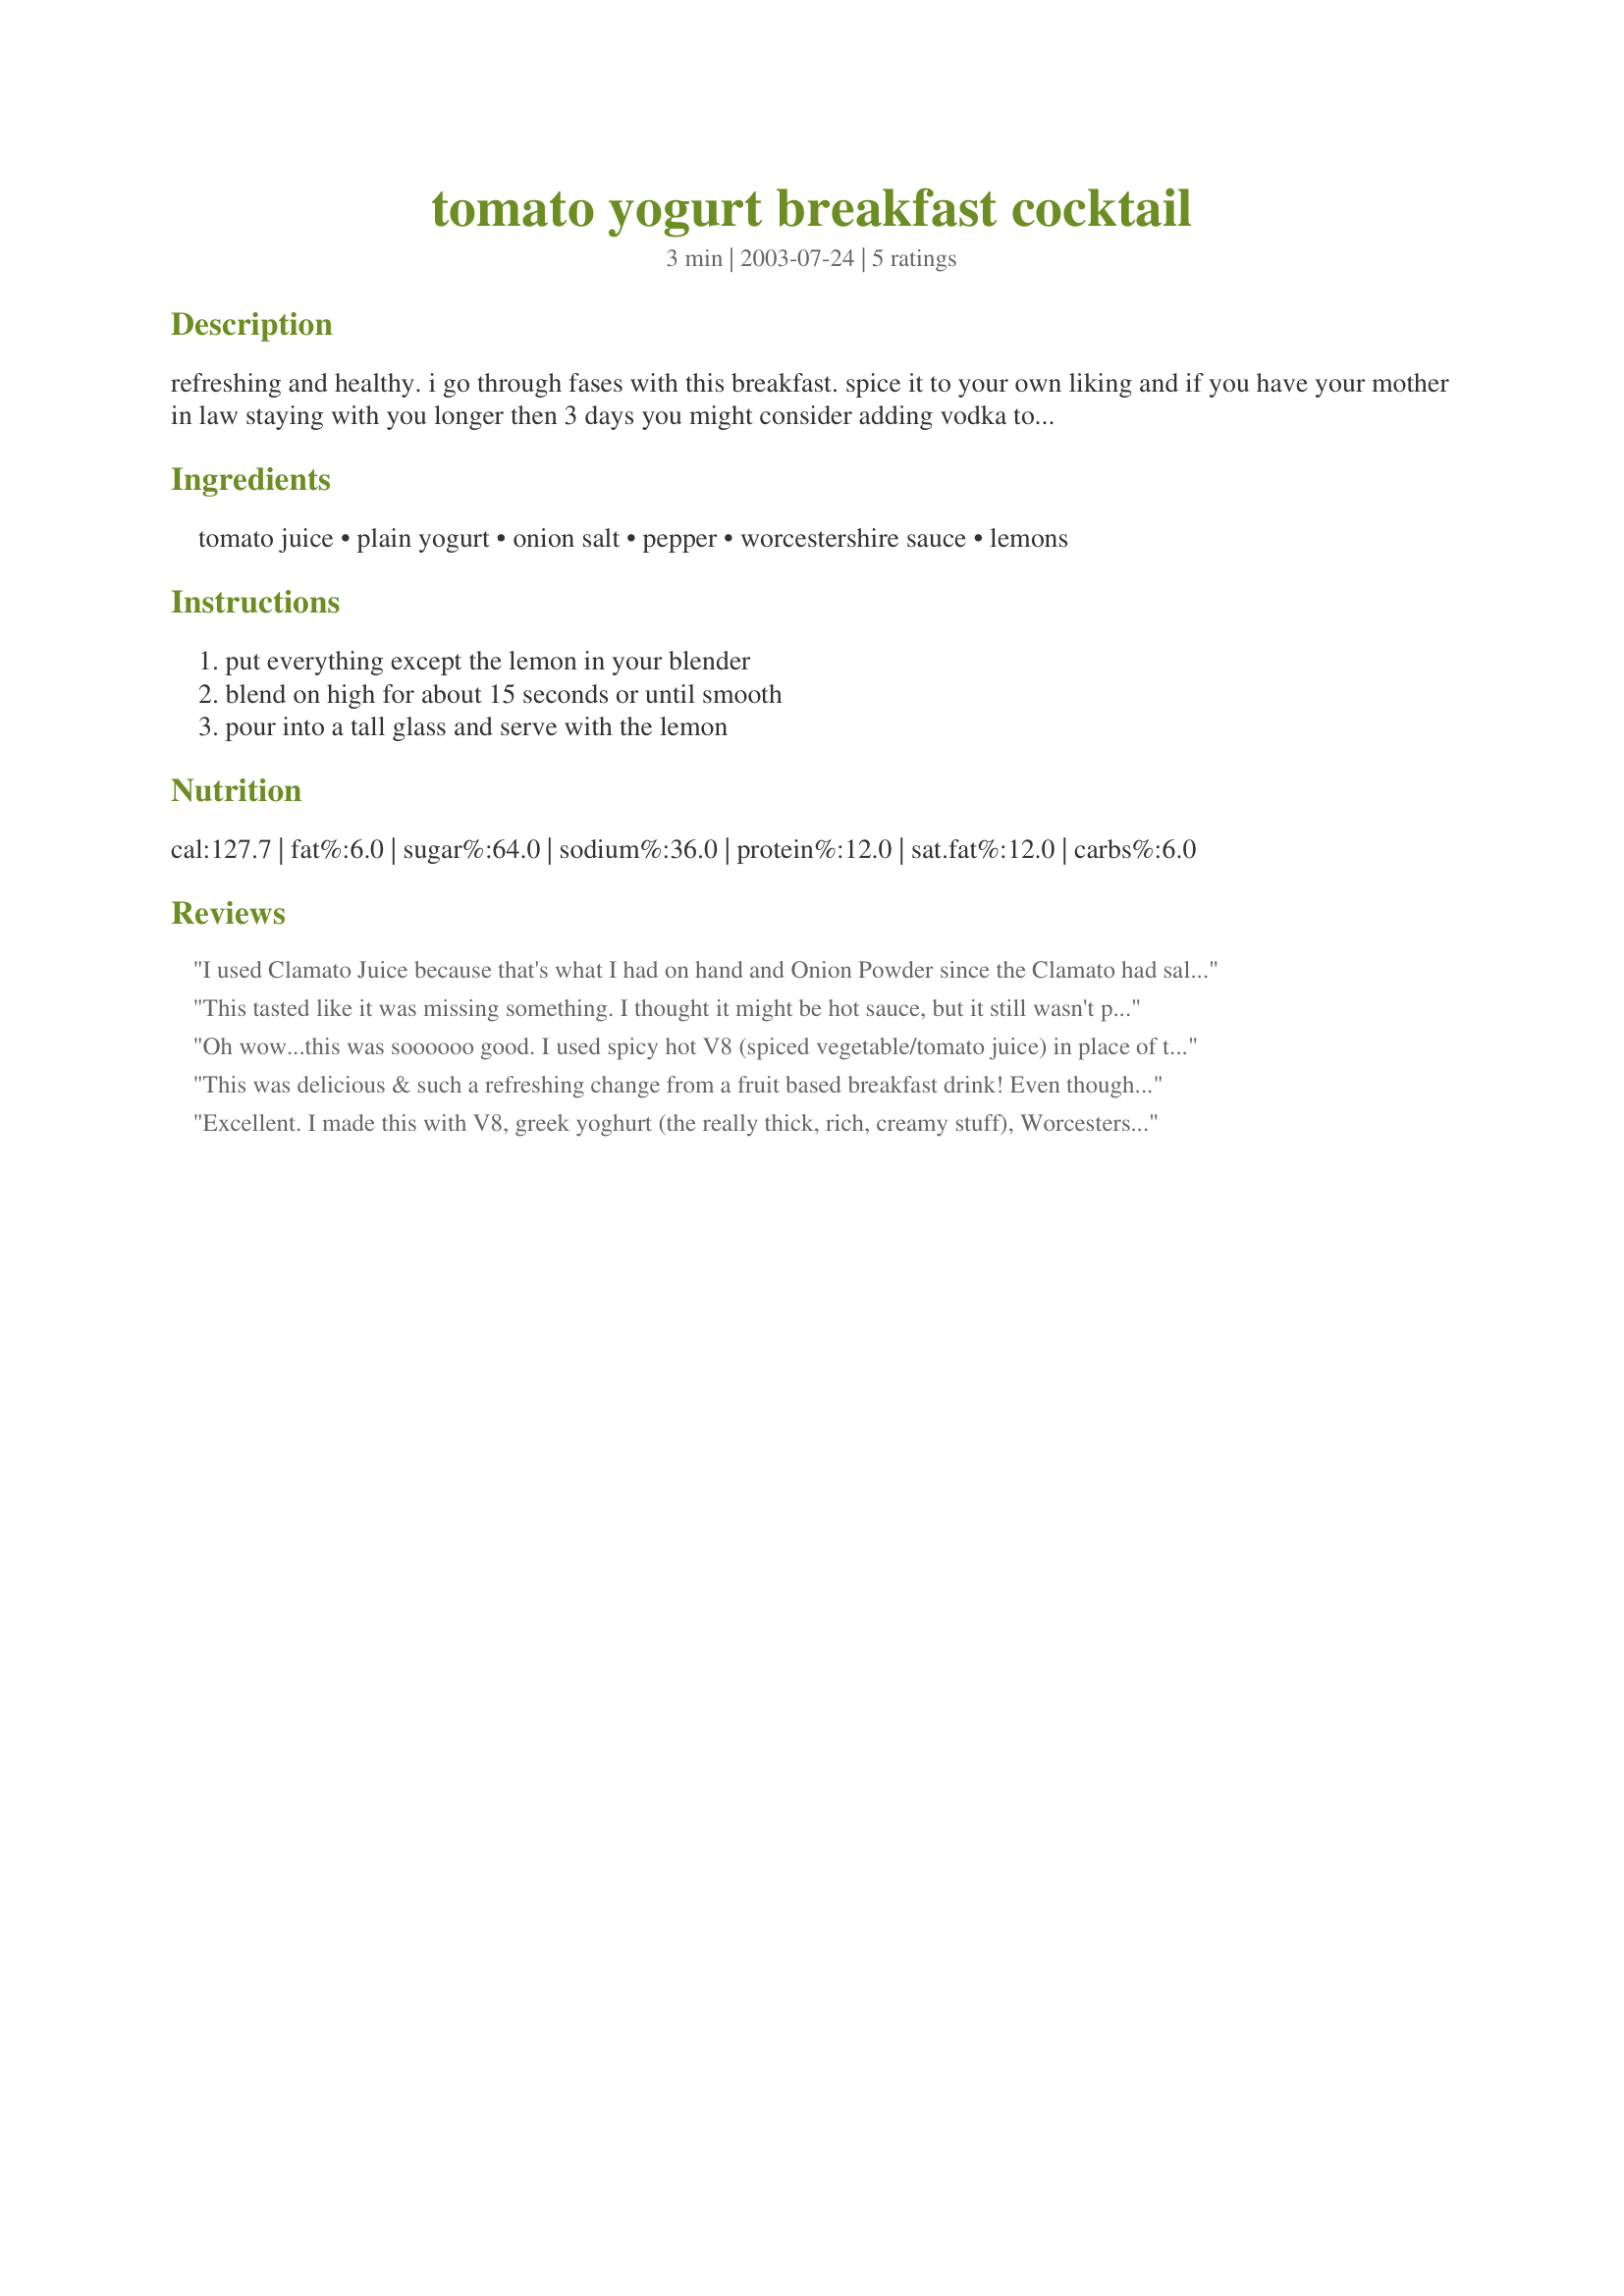
tomato yogurt breakfast cocktail
Preparation time: 3 minutes

refreshing and healthy. i go through fases with this breakfast. spice it to your own liking and if you have your mother in law staying with you longer then 3 days you might consider adding vodka to it!!!!!!

Ingredients:
tomato juice, plain yogurt, onion salt, pepper, worcestershire sauce, lemons

Steps:
put everything except the lemon in your blender, blend on high for about 15 seconds or until smooth, pour into a tall glass and serve with the lemon

Reviews:
I used Clamato Juice because that's what I had on hand and Onion Powder since the Clamato had salt in it already. This makes a good change to just having yogurt with sliced tomatoes for a snack.
This tasted like it was missing something. I thought it might be hot sauce, but it still wasn't perfect....pretty good but not perfect, spice-wise. I love the idea though!
Oh wow...this was soooooo good. I used spicy hot V8 (spiced vegetable/tomato juice) in place of tomato juice and this is definitely a do-over recipe. Thanks Pets!
This was delicious & such a refreshing change from a fruit based breakfast drink! Even though I used Fat-Free yogurt, it was very thick. I used Allen's Vegetable Cocktail (which is similar to V8 but a little spicier) so I skipped the seasonings. The only lemon in my fridge had been used for zesting another dish; so I squeezed a little juice into the blender but decided a bald lemon would not be very attractive as a garnish - hence the slice of lime in the photo! Thanx for another keeper Annelies!
Excellent. I made this with V8, greek yoghurt (the really thick, rich, creamy stuff), Worcestershire Sauce and Tabasco. I didn't have onion salt and added regular but I don't think it needed any salt at all (maybe it's the V8 - it probably has salt in it. I have to check next time I buy some.) This made just over 1 huge glass and I had it all for lunch. Delicious! Healthy!
